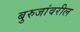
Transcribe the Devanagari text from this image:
बुरुजांवरील